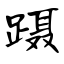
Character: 蹑